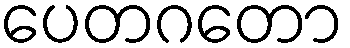
ပေတဂတော